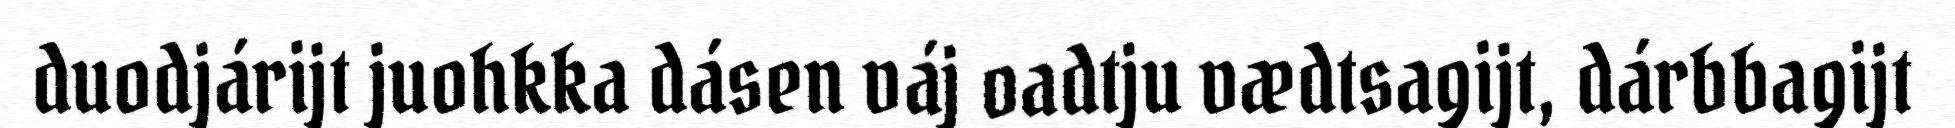
duodjárijt juohkka dásen váj oadtju vædtsagijt, dárbbagijt